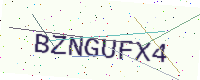
Text: BZNGUFX4